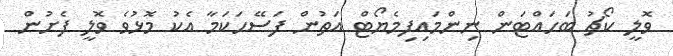
ވޮލީ ކޯޗު ބަހައްޓަން ނިންމައިފިމެޔޯޓް އަތުން ފަސޭހަކަމާ އެކު މޮޅުވެ ވޮލީ ފެށުން